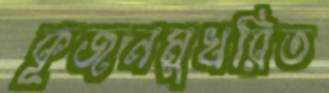
কূজনমুখরিত